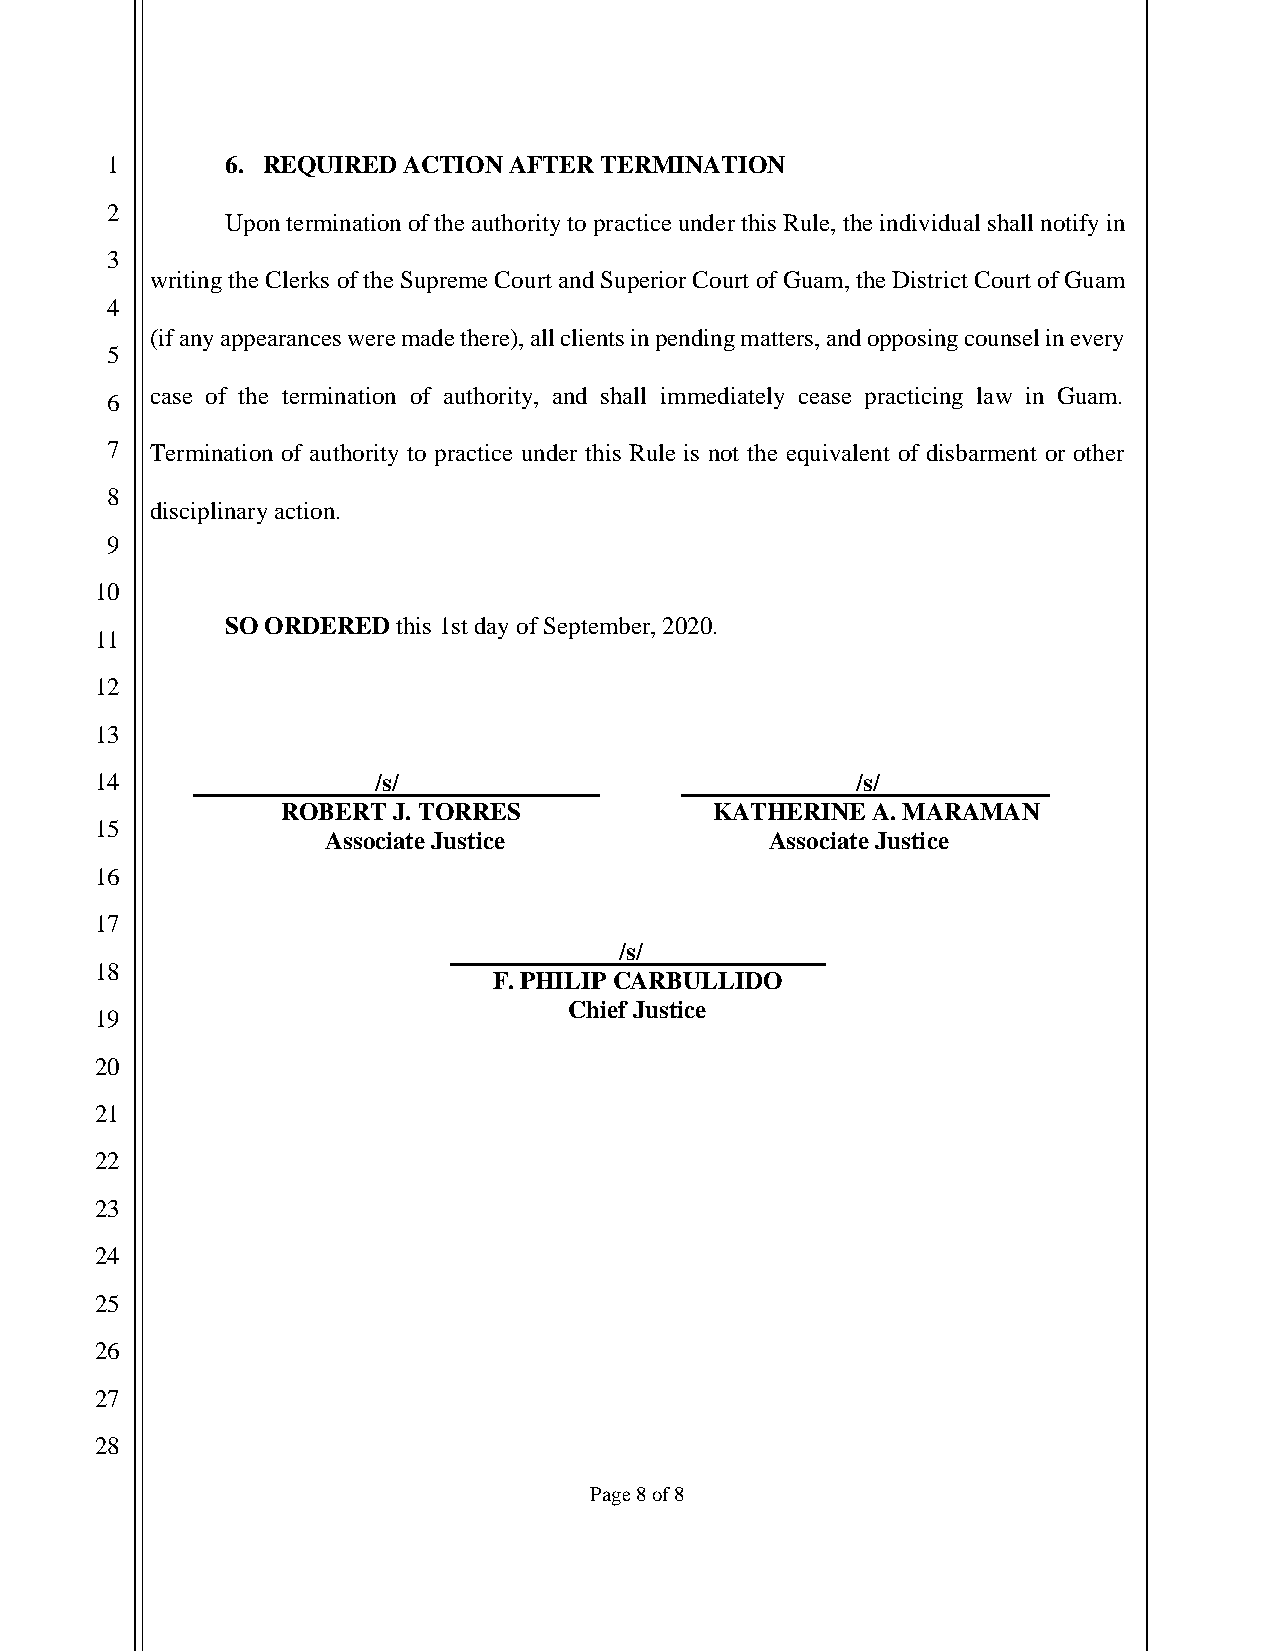
1       6. REQUIRED ACTION AFTER TERMINATION
 2
 Upon termination of the authority to practice under this Rule, the individual shall notify in
 3
 writing the Clerks of the Supreme Court and Superior Court of Guam, the District Court of Guam
 4
 (if any appearances were made there), all clients in pending matters, and opposing counsel in every
 5
 case of the termination of authority, and shall immediately cease practicing law in Guam.
 6
 7  Termination of authority to practice under this Rule is not the equivalent of disbarment or other
 8
 disciplinary action.
 9
 10
 SO ORDERED this 1st day of September, 2020.
 11
 12
 13
 14                 /s/                             /s/
 ROBERT J. TORRES            KATHERINE  A. MARAMAN
 15
 Associate Justice            Associate Justice
 16
 17
 /s/
 18
 F. PHILIP CARBULLIDO
 Chief Justice
 19
 20
 21
 22
 23
 24
 25
 26
 27
 28
 Page 8 of 8